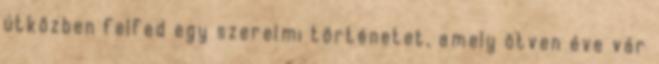
útközben felfed egy szerelmi történetet, amely ötven éve vár